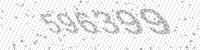
Solution: 596399